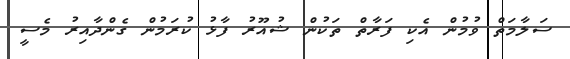
ސަލާމަތް ވުމުން އެކި ފަރާތް ތަކުން ޝުއޫރު ފާޅު ކުރަމުން ގެންދާއިރު މެސީ